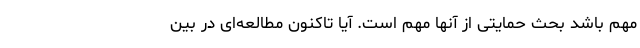
مهم باشد بحث حمایتی از آنها مهم است. آیا تاکنون مطالعه‌ای در بین